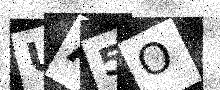
Text: UA5O